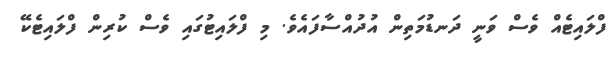
ފްލައިޓެއް ވެސް ވަނީ ދަނޑުމަތިން އުދުއްސާފައެވެ. މި ފްލައިޓުގައި ވެސް ކުރިން ފްލައިޓެކޭ